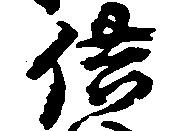
供